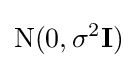
\mathrm {N} (0,\sigma ^{2}\mathbf {I} )